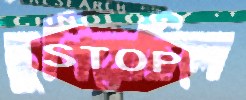
ছুপিয়েছিলে